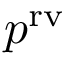
p ^ { \mathrm { { r v } } }